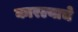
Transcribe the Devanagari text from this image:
कारल्याचे